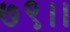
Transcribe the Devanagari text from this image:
७९।।